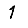
Digit: 1